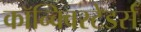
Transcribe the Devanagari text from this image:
कॉन्क्विस्टेडर्स